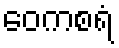
ဝေကစရံ